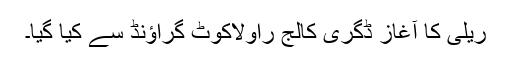
ریلی کا آغاز ڈگری کالج راولاکوٹ گراؤنڈ سے کیا گیا۔